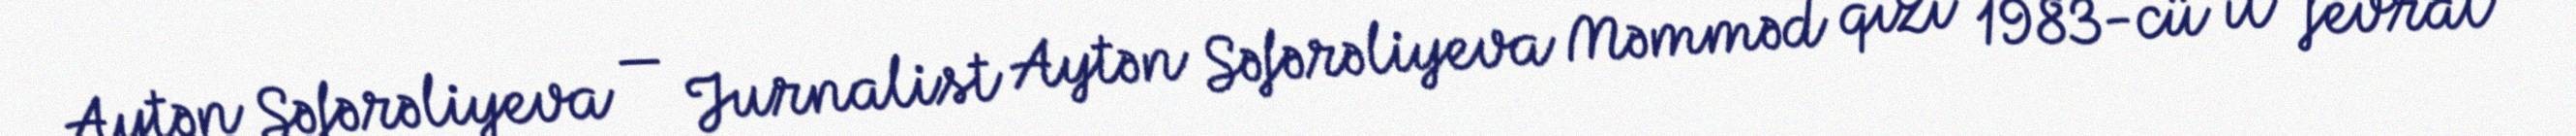
Aytən Səfərəliyeva — Jurnalist Aytən Səfərəliyeva Məmməd qızı 1983-cü il fevral